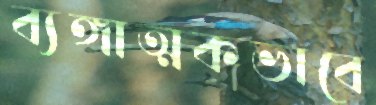
ব্যঙ্গাত্মকভাবে